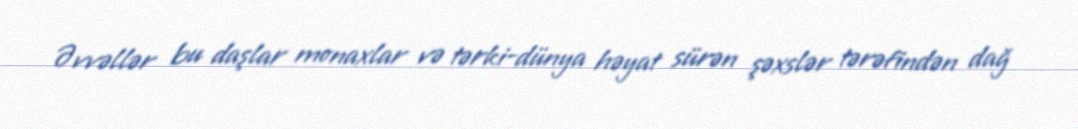
Əvvəllər bu daşlar monaxlar və tərki-dünya həyat sürən şəxslər tərəfindən dağ